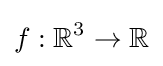
f:\mathbb {R} ^{3}\to \mathbb {R}